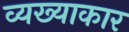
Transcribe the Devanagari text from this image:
व्यख्याकार